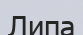
Липа